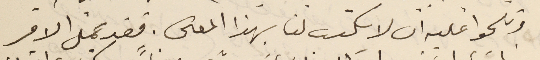
وتلحوا عليه ان لا يكتب لنا بهذا المعنى. فقد عمل الامر